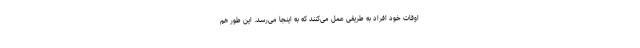
اوقات خود افراد به طریقی عمل می‌کنند که به اینجا می‌رسد. این طور هم